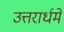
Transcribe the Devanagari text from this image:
उत्तरार्धमे